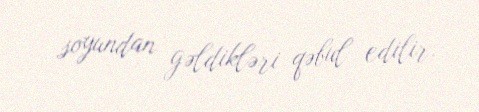
soyundan gəldikləri qəbul edilir.